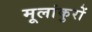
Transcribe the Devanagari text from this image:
मूलांकुरों